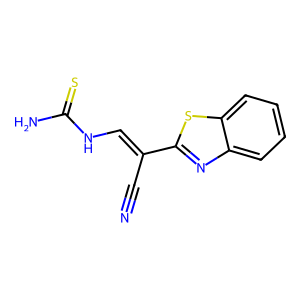
SMILES: N#CC(=CNC(N)=S)c1nc2ccccc2s1
Inhibits HIV replication: No